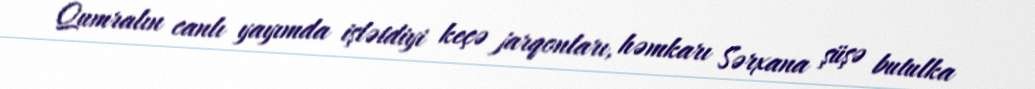
Qumralın canlı yayımda işlətdiyi keçə jarqonları, həmkarı Sərxana şüşə butulka